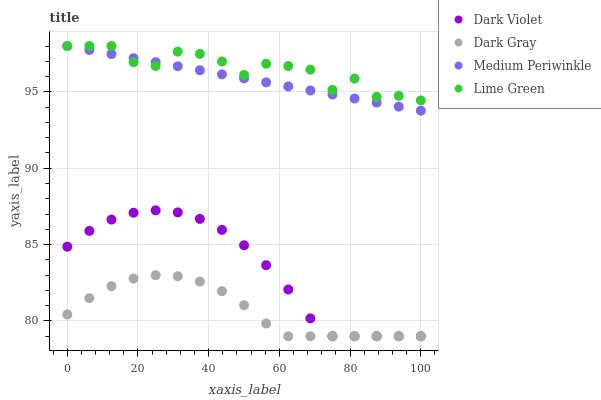
| xaxis_label | Dark Violet | Dark Gray | Medium Periwinkle | Lime Green |
 | --- | --- | --- | --- | --- |
 | 0 | 84.9 | 80.4 | 98 | 98 |
 | 6.25 | 85.9 | 81.5 | 97.7 | 98 |
 | 12.5 | 86.6 | 82.3 | 97.5 | 98 |
 | 18.8 | 87.1 | 82.8 | 97.2 | 96.9 |
 | 25 | 87.2 | 83 | 96.9 | 96.7 |
 | 31.2 | 87.1 | 82.9 | 96.7 | 97.6 |
 | 37.5 | 86.7 | 82.6 | 96.4 | 97.5 |
 | 43.8 | 86 | 81.9 | 96.1 | 97 |
 | 50 | 85 | 81 | 95.9 | 96.1 |
 | 56.2 | 83.7 | 79.8 | 95.6 | 96.8 |
 | 62.5 | 82.1 | 79 | 95.4 | 96.7 |
 | 68.8 | 80.2 | 79 | 95.1 | 96.5 |
 | 75 | 79 | 79 | 94.8 | 95.1 |
 | 81.2 | 79 | 79 | 94.6 | 95.9 |
 | 87.5 | 79 | 79 | 94.3 | 94.7 |
 | 93.8 | 79 | 79 | 94 | 94.7 |
 | 100 | 79 | 79 | 93.8 | 94.4 |